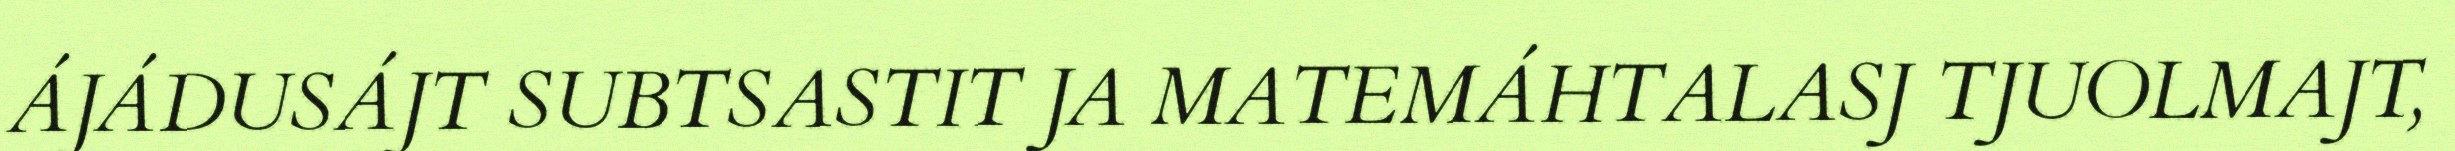
ÁJÁDUSÁJT SUBTSASTIT JA MATEMÁHTALASJ TJUOLMAJT,